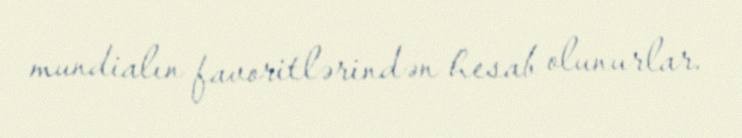
mundialın favoritlərindən hesab olunurlar.